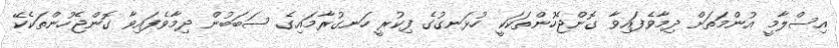
އިސްލާމީ އުންމަތަށް ދިމާވެފައިވާ ގޮންޖެހުންތަކަކީ ހުޅަނގުގެ ފިކުރީ ހަނގުރާމައިގެ ސަބަބުން ދިމާވެފައިވާ ގޮންޖެހުންތަކެކޭ